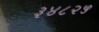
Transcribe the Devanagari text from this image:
३४८२५